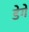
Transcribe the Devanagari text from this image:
डेगे